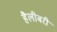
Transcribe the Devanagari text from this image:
हैलीबरी